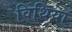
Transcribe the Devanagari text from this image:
विथिया